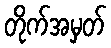
တိုက်အမှတ်